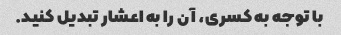
با توجه به کسری، آن را به اعشار تبدیل کنید.